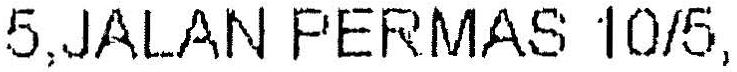
5,JALAN PERMAS 10/5,